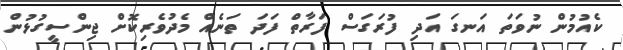
ކެއުމުން ނުވަތަ އަނގަ އަދި ފުރަގަސް ފަރާތް ފަދަ ތަނެއް މެދުވެރިކޮށް ޖިންސީގުޅުން